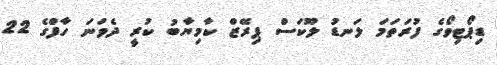
ޑިޕޯޓިވޯގެ ފުރަތަމަ ލަނޑު ލޫކަސް ޕިރޭޒް ކާމިޔާބު ކުރީ ދެވަނަ ހާފްގެ 22